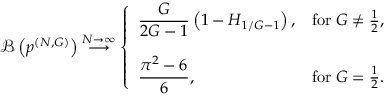
\mathcal { B } \left( \boldsymbol { p } ^ { ( N , G ) } \right) \stackrel { N \to \infty } { \longrightarrow } \left\{ \begin{array} { l l } { \displaystyle \frac { G } { 2 G - 1 } \left( 1 - H _ { 1 / G - 1 } \right) , } & { \mathrm { f o r \; } G \neq \frac { 1 } { 2 } , } \\ { \quad } \\ { \displaystyle \frac { \pi ^ { 2 } - 6 } { 6 } , } & { \mathrm { f o r \; } G = \frac { 1 } { 2 } . } \end{array} \right.